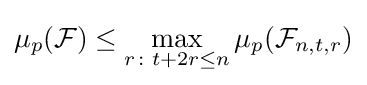
\mu _{p}({\mathcal {F}})\leq \max _{r\colon t+2r\leq n}\mu _{p}({\mathcal {F}}_{n,t,r})